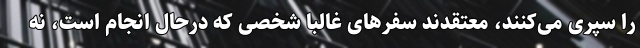
را سپری می‌کنند، معتقدند سفرهای غالبا شخصی که درحال انجام است، نه